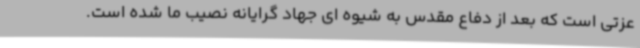
عزتی است که بعد از دفاع مقدس به شیوه ای جهاد گرایانه نصیب ما شده است.